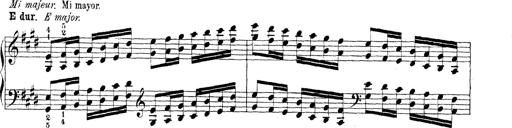
Title: Technische Studien
Composer: Franz Liszt